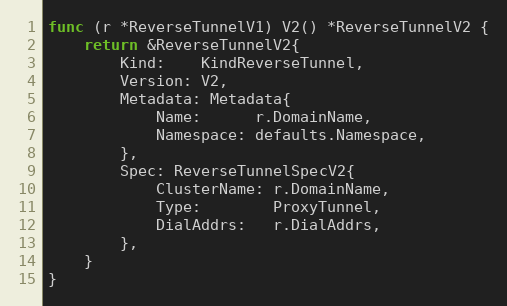
Language: Go
func (r *ReverseTunnelV1) V2() *ReverseTunnelV2 {
	return &ReverseTunnelV2{
		Kind:    KindReverseTunnel,
		Version: V2,
		Metadata: Metadata{
			Name:      r.DomainName,
			Namespace: defaults.Namespace,
		},
		Spec: ReverseTunnelSpecV2{
			ClusterName: r.DomainName,
			Type:        ProxyTunnel,
			DialAddrs:   r.DialAddrs,
		},
	}
}